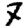
Digit: 7